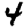
Digit: 4